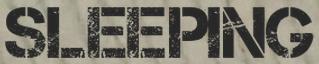
SLEEPING